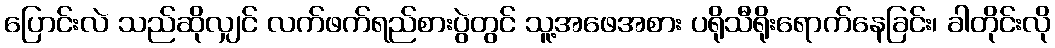
ပြောင်းလဲ သည်ဆိုလျှင် လက်ဖက်ရည်စားပွဲတွင် သူ့အဖေအစား ပရိုသီရိုးရောက်နေခြင်း၊ ခါတိုင်းလို